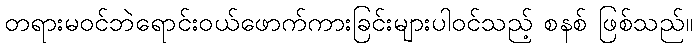
တရားမဝင်ဘဲရောင်းဝယ်ဖောက်ကားခြင်းများပါဝင်သည့် စနစ် ဖြစ်သည်။